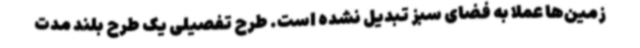
زمین‌ها عملا به فضای سبز تبدیل نشده است. طرح تفصیلی یک طرح بلند مدت